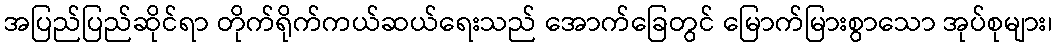
အပြည်ပြည်ဆိုင်ရာ တိုက်ရိုက်ကယ်ဆယ်ရေးသည် အောက်ခြေတွင် မြောက်မြားစွာသော အုပ်စုများ၊